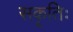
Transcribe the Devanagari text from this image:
सकृतिः